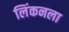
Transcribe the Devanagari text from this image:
लिंकनला